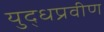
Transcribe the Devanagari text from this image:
युद्धप्रवीण